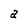
Character: a